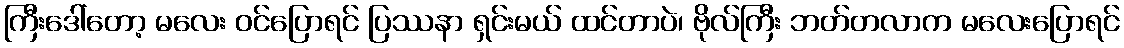
ကြီးဒေါ်တော့ မလေး ဝင်ပြောရင် ပြဿနာ ရှင်းမယ် ထင်တာပဲ၊ ဗိုလ်ကြီး ဘတ်တလာက မလေးပြောရင်